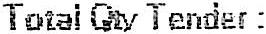
TOTAL QTY TENDER :